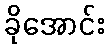
ခိုအောင်း